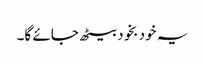
یہ خود بخود بیٹھ جائے گا۔